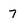
Character: 7